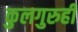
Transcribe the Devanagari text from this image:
कुलगुरुही